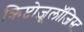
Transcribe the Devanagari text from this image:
क्रिप्टोज़ूलॉजिस्ट